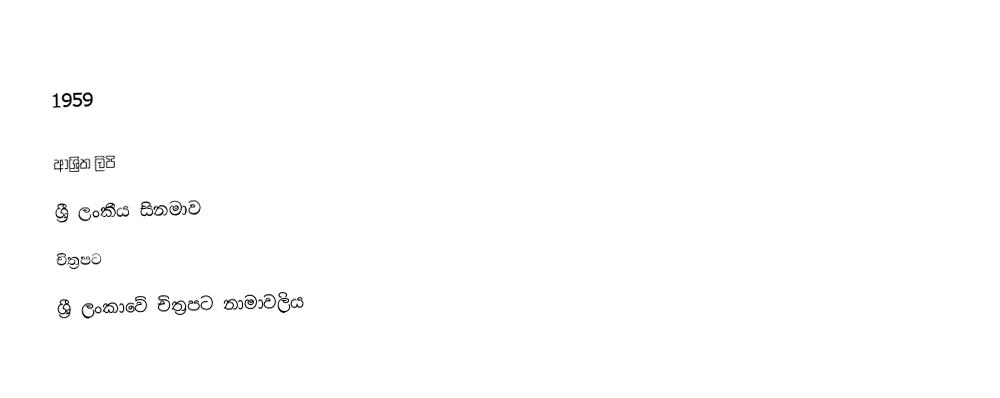

1959

ආශ්‍රිත ලිපි
 ශ්‍රී ලංකීය සිනමාව
 චිත්‍රපට
 ශ්‍රී ලංකාවේ චිත්‍රපට නාමාවලිය